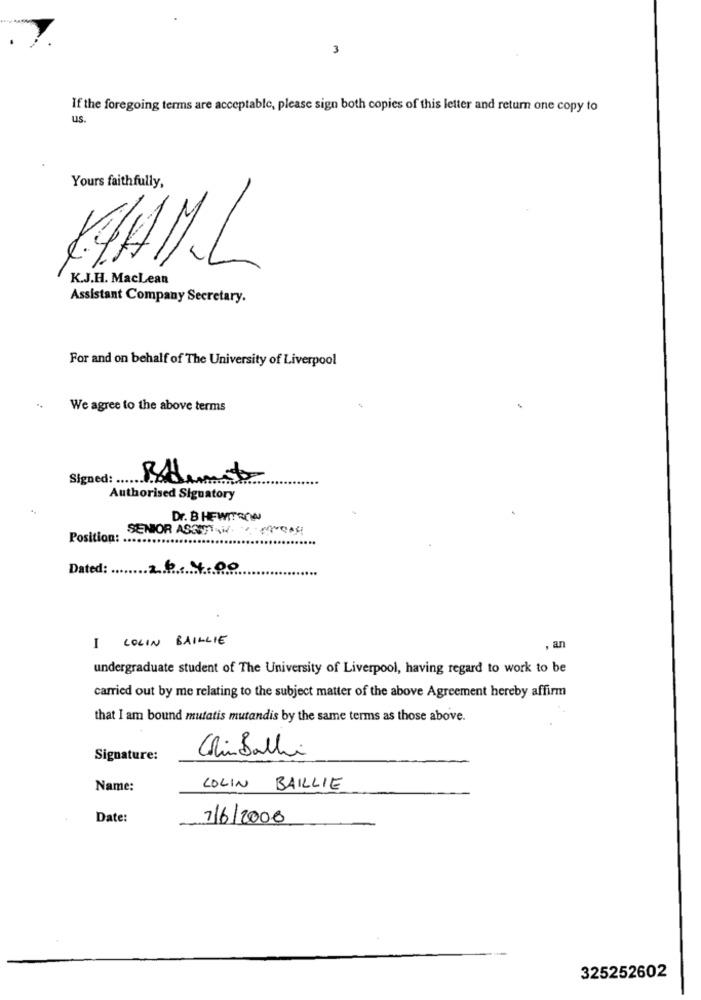
3
If the foregoing terms are acceptable, please sign both copies of this letter and return one copy to
us.
Yours faithfully,
KEHML
K.J.H. MacLean
Assistant Company Secretary.
For and on behalf of The University of Liverpool
We agree to the above terms
Signed: ..
Authorised Signatory
Dr. B HEWITRON
SENIOR ASSUSTADAS
Position:
Dated:
26.4.00
I COLIN BAILLIE
, an
undergraduate student of The University of Liverpool, having regard to work to be
carried out by me relating to the subject matter of the above Agreement hereby affirm
that I am bound mutatis mutandis by the same terms as those above.
Signature:
Colin Balli
Name:
COLIN BAILLIE
Date:
7/6/2006
325252602